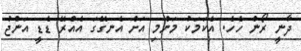
ދާނީ ރޯން ހެހެ. އެކަމަކު މަންމި އަށް އެނގޭގަ އެއްރޭ ޑެޑީ އަންޖު